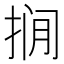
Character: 𪭾